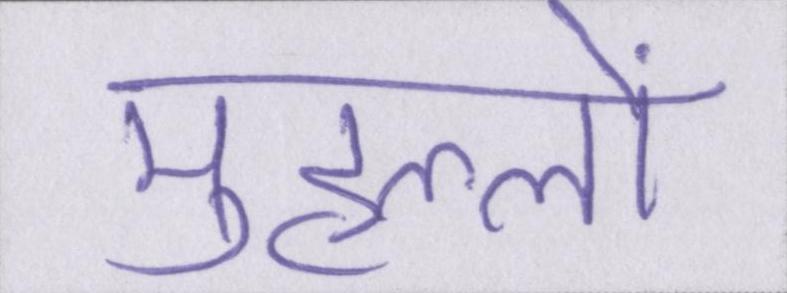
मुहल्लों